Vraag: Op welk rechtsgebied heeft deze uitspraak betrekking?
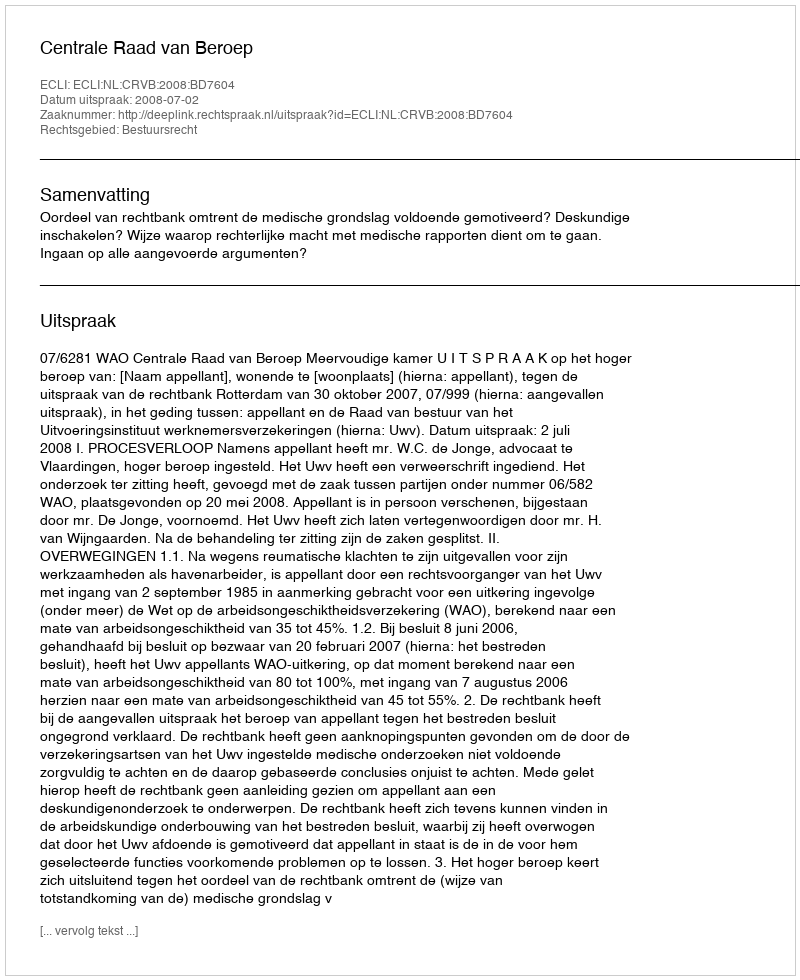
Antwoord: Bestuursrecht